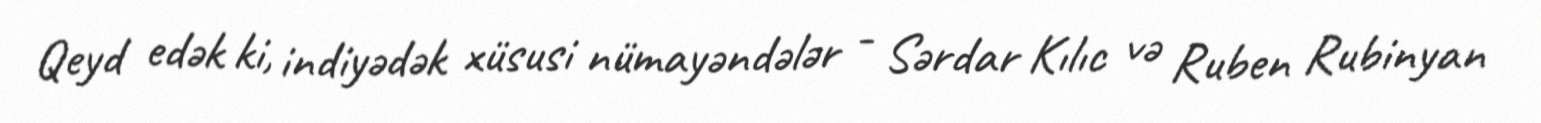
Qeyd edək ki, indiyədək xüsusi nümayəndələr - Sərdar Kılıc və Ruben Rubinyan